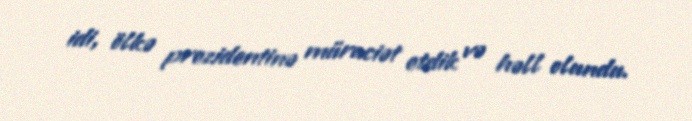
idi, ölkə prezidentinə müraciət etdik və həll olundu.